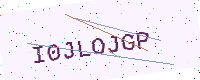
Text: I0JLOJGP